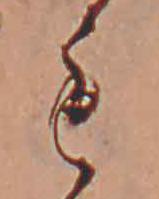
も